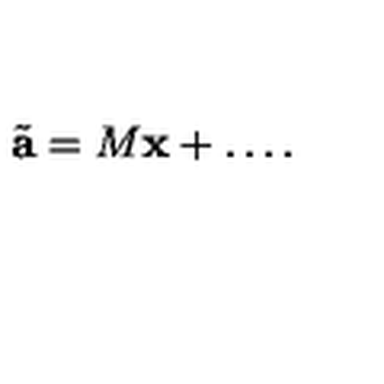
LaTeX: \tilde { \bf { a } } = M { \bf x } + \ldots .